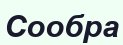
Сообра